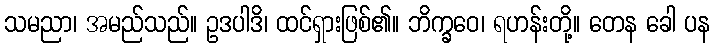
သမညာ၊ အမည်သည်။ ဥဒပါဒိ၊ ထင်ရှားဖြစ်၏။ ဘိက္ခဝေ၊ ရဟန်းတို့။ တေန ခေါ ပန